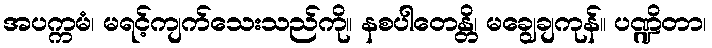
အပက္ကမံ၊ မရင့်ကျက်သေးသည်ကို။ နစပါတေန္တိ၊ မချွေချကုန်။ ပဏ္ဍိတာ၊